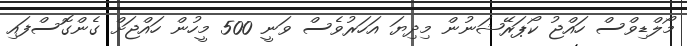
މޯލްޑިވްސް ހައްޖު ކޯޕަރޭޝަނުން މިދިޔަ އަހަރުވެސް ވަނީ 500 މީހުން ހައްޖަށް ގެންގޮސްފައި